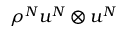
\rho ^ { N } u ^ { N } \otimes u ^ { N }